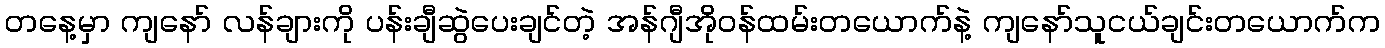
တနေ့မှာ ကျနော် လန်ချားကို ပန်းချီဆွဲပေးချင်တဲ့ အန်ဂျီအိုဝန်ထမ်းတယောက်နဲ့ ကျနော်သူငယ်ချင်းတယောက်က